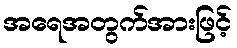
အရေအတွက်အားဖြင့်